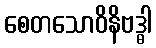
စေတသောဝိနိဗဒ္ဓါ